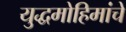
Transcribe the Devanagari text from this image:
युद्धमोहिमांचे